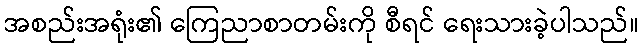
အစည်းအရုံး၏ ကြေညာစာတမ်းကို စီရင် ရေးသားခဲ့ပါသည်။